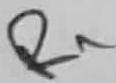
Text: R1